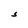
Character: S